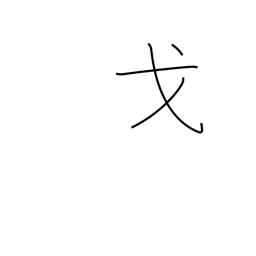
Meaning: festival car